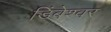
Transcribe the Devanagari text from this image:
डिंबेश्वर